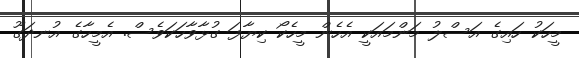
މީހަކު ހައިގެ އަސްލު މަންމައަކީ އެހެން މީހެކޯ ކިޔާފަ ގުޅާވާހަކަވެސް. އެމީހާގެ އުނދަގޫ